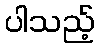
ပါသည့်